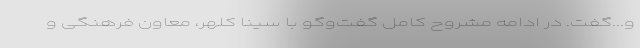
و...گفت. در ادامه مشروح کامل گفت‌وگو با سینا کلهر، معاون فرهنگی و